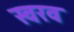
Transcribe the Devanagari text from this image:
स्वरव